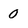
Character: 0